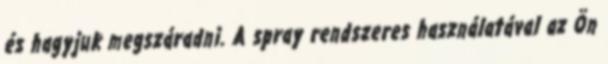
és hagyjuk megszáradni. A spray rendszeres használatával az Ön